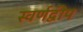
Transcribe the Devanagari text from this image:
स्वर्णद्वीप